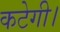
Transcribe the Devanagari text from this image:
कटेगी।